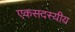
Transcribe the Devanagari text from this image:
एकसदस्यीय